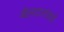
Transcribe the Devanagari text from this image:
बेलदारांकडे